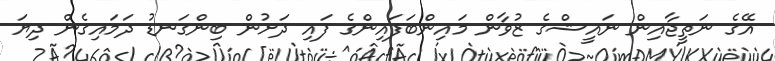
އޭގެ ނަތީޖާއިން ނައީޝްގެ ޒުވާން މައިންބަފައިންގެ ފައި ދަށުން ބިންގަނޑު ދަމައިގެން ދިޔަ